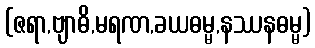
(ဇရာ,ဗျာဓိ,မရဏ,ခယဓမ္မ,နဿနဓမ္မ)